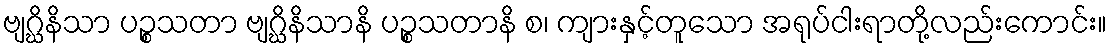
ဗျဂ္ဃိနိသာ ပဉ္စသတာ ဗျဂ္ဃိနိသာနိ ပဉ္စသတာနိ စ၊ ကျားနှင့်တူသော အရုပ်ငါးရာတို့လည်းကောင်း။